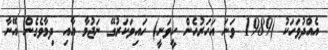
އެއްދުވަހަކު (1989 ވަނަ އަހަރުހެން ހީވަނީ) ހައިވަކަރުގޭ ނަޖުމާ އާއި ދިމާވެގެން އޭނާ